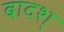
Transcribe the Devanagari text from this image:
बादश्